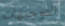
التوجيهات